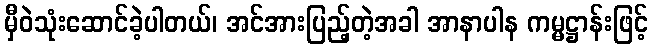
မှီဝဲသုံးဆောင်ခဲ့ပါတယ်၊ အင်အားပြည့်တဲ့အခါ အာနာပါန ကမ္မဋ္ဌာန်းဖြင့်